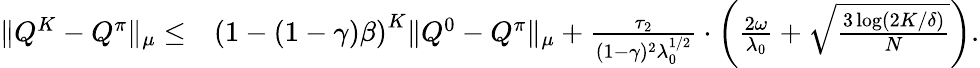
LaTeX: \begin{array}{rl}{\| Q^{K}-Q^{\pi}\| _{\mu}\leq}&{\left(1-(1-\gamma)\beta\right)^{K}\| Q^{0}-Q^{\pi}\| _{\mu}+\frac{\tau_{2}}{(1-\gamma)^{2}\lambda_{0}^{1/2}}\cdot\left(\frac{2\omega}{\lambda_{0}}+\sqrt{\frac{3\log(2K/\delta)}{N}}\right).}\end{array}